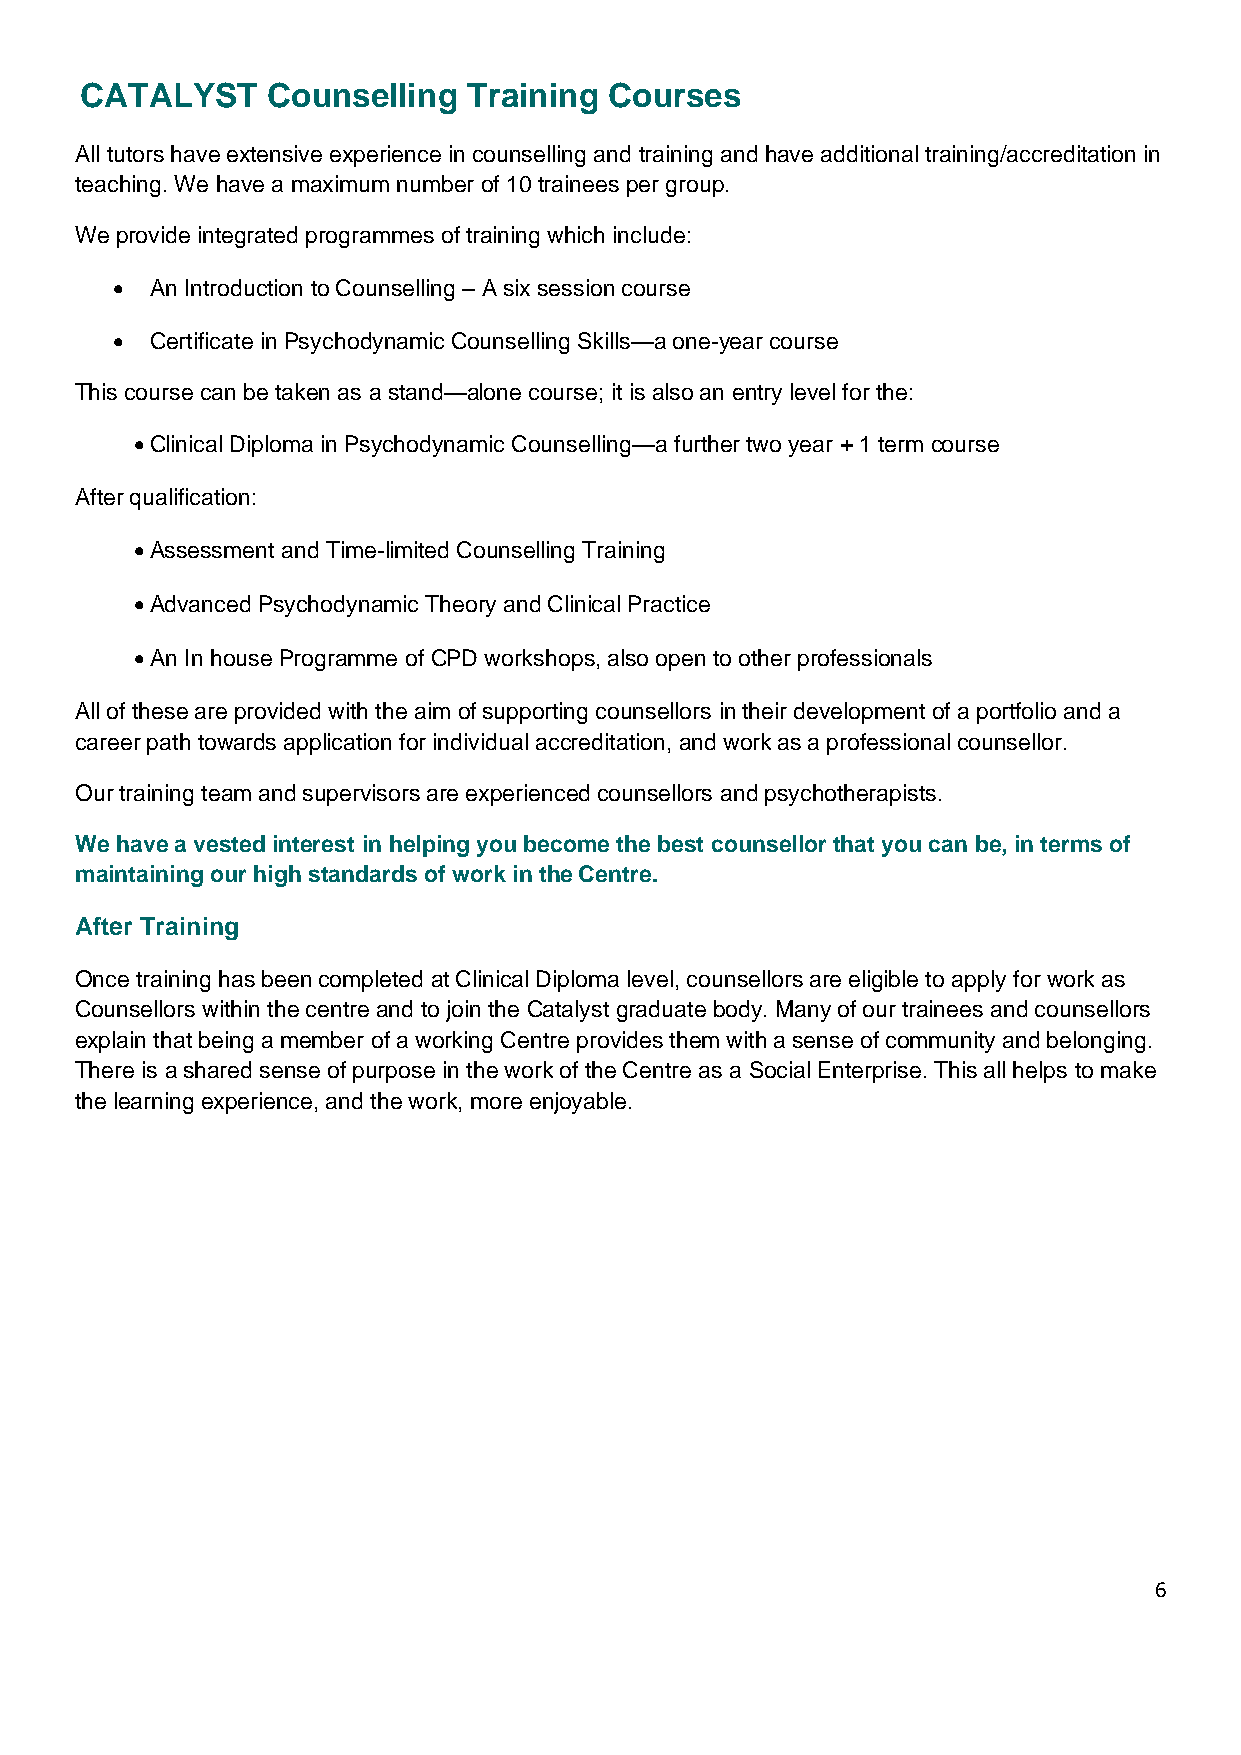
CATALYST     Counselling  Training Courses
 All tutors have extensive experience in counselling and training and have additional training/accreditation in
 teaching. We have a maximum number of 10 trainees per group.
 We provide integrated programmes of training which include:
 •  An Introduction to Counselling – A six session course
 •  Certificate in Psychodynamic Counselling Skills—a one-year course
 This course can be taken as a stand—alone course; it is also an entry level for the:
 • Clinical Diploma in Psychodynamic Counselling—a further two year + 1 term course
 After qualification:
 • Assessment and Time-limited Counselling Training
 • Advanced Psychodynamic Theory and Clinical Practice
 • An In house Programme of CPD workshops, also open to other professionals
 All of these are provided with the aim of supporting counsellors in their development of a portfolio and a
 career path towards application for individual accreditation, and work as a professional counsellor.
 Our training team and supervisors are experienced counsellors and psychotherapists.
 We have a vested interest in helping you become the best counsellor that you can be, in terms of
 maintaining our high standards of work in the Centre.
 After Training
 Once training has been completed at Clinical Diploma level, counsellors are eligible to apply for work as
 Counsellors within the centre and to join the Catalyst graduate body. Many of our trainees and counsellors
 explain that being a member of a working Centre provides them with a sense of community and belonging.
 There is a shared sense of purpose in the work of the Centre as a Social Enterprise. This all helps to make
 the learning experience, and the work, more enjoyable.
 6